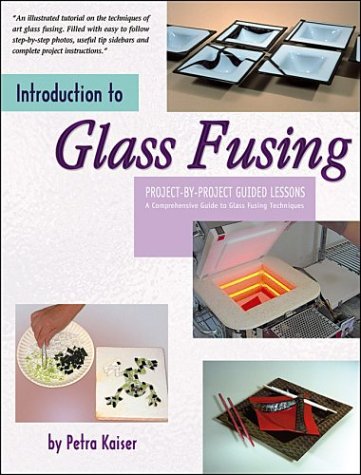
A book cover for Introduction to Glass Fusing; Petra Kaiser; Crafts, Hobbies & Home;